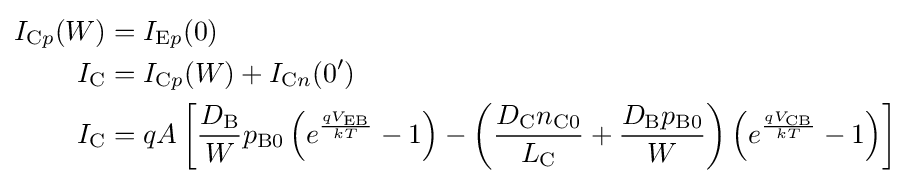
{\begin{aligned}I_{{\text{C}}p}(W)&=I_{{\text{E}}p}(0)\\I_{\text{C}}&=I_{{\text{C}}p}(W)+I_{{\text{C}}n}(0')\\I_{\text{C}}&=qA\left[{\frac {D_{\text{B}}}{W}}p_{{\text{B}}0}\left(e^{\frac {qV_{\text{EB}}}{kT}}-1\right)-\left({\frac {D_{\text{C}}n_{{\text{C}}0}}{L_{\text{C}}}}+{\frac {D_{\text{B}}p_{{\text{B}}0}}{W}}\right)\left(e^{\frac {qV_{\text{CB}}}{kT}}-1\right)\right]\end{aligned}}